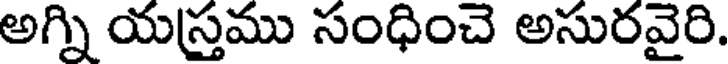
అగ్ని యస్తము సంధించె అసురవైరి.